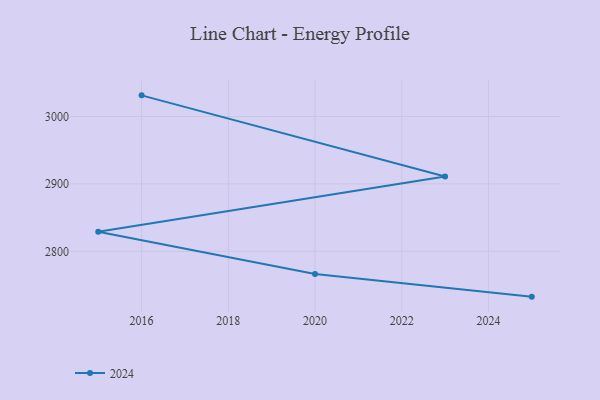
{"axis": {"x": "Year", "y": "Conversion Rate (%)"}, "legend": ["2024"], "data": [{"x": "2025", "y": 2732.7, "type": "2024"}, {"x": "2020", "y": 2766.3, "type": "2024"}, {"x": "2015", "y": 2828.9, "type": "2024"}, {"x": "2023", "y": 2911.1, "type": "2024"}, {"x": "2016", "y": 3031.4, "type": "2024"}]}